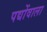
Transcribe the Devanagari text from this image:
पद्योंवाला